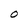
Character: O